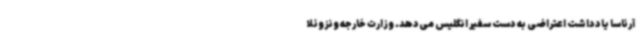
آرئاسا یادداشت اعتراضی به دست سفیر انگلیس می‌دهد. وزارت خارجه ونزوئلا